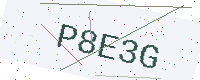
Text: P8E3G